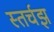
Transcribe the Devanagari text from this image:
स्तर्चझ